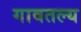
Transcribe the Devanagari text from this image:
गावतल्य